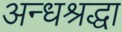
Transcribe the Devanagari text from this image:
अन्धश्रद्धा